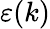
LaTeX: \varepsilon(k)